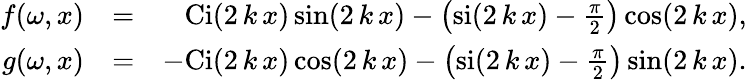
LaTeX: \begin{array}{rlr}{f(\omega,x)}&{=}&{\mathrm{Ci}(2\, k\, x)\sin(2\, k\, x)-\left(\mathrm{si}(2\, k\, x)-\frac{\pi}{2}\right)\cos(2\, k\, x),}\\ {g(\omega,x)}&{=}&{\mathrm{-Ci}(2\, k\, x)\cos(2\, k\, x)-\left(\mathrm{si}(2\, k\, x)-\frac{\pi}{2}\right)\sin(2\, k\, x).}\end{array}